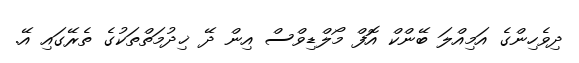
ދިވެހިންގެ އަމިއްލަ ބޭންކް އޮފް މޯލްޑިވްސް އިން ދޭ ޚިދުމަތްތަކުގެ ތެރޭގައި އޭ.